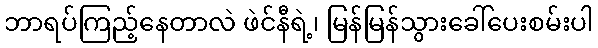
ဘာရပ်ကြည့်နေတာလဲ ဖဲင်နီရဲ့၊ မြန်မြန်သွားခေါ်ပေးစမ်းပါ